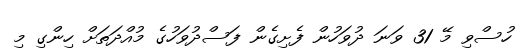
ހުސްވި މޭ 31 ވަނަ ދުވަހުން ފެށިގެން ފަސްދުވަހުގެ މުއްދަތަށް ހިންގި މި